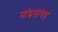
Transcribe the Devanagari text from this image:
मांडलगड